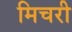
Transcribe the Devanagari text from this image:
मिचरी